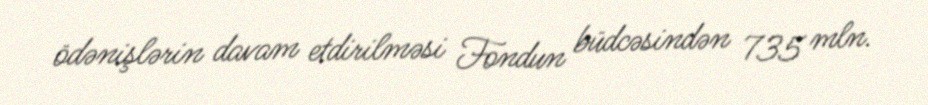
ödənişlərin davam etdirilməsi Fondun büdcəsindən 735 mln.